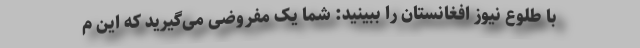
با طلوع نیوز افغانستان را ببینید: شما یک مفروضی می‌گیرید که این م